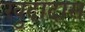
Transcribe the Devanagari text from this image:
खुदादास